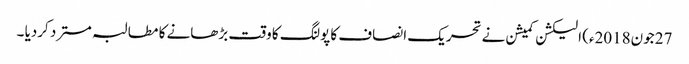
27 جون2018ء) الیکشن کمیشن نے تحریک انصاف کا پولنگ کا وقت بڑھانے کا مطالبہ مسترد کردیا ۔